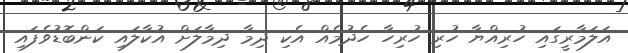
އަލަމާރީގައި ހުރިއްޔާ ހުރި ހުރިހާ ހެދުމެއް އެކި ދިމާ ދިމާލަށް އުކާލައި ކަންބޮޑުވެފައި